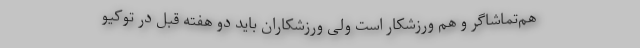
هم‌تماشاگر و هم ورزشکار است ولی ورزشکاران باید دو هفته قبل در توکیو